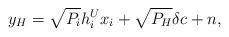
LaTeX: \begin{align*}y_H = \sqrt{P_i}h^U_ix_i + \sqrt{P_H}\delta c + n,\end{align*}